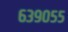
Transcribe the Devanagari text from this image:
६३९०५५